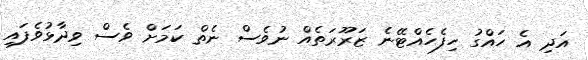
އަދި އެ ހައްގު ހިފެހެއްޓޭނެ ޒަރޫރަތެއް ނުވެސް ނެތް ކަމަށް ވެސް ވިދާޅުވެފައި